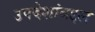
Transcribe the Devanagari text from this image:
उपदेशांबद्दल